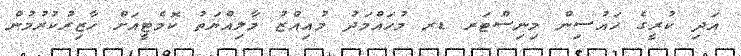
އަދި ކުރީގެ ހައުސިން މިނިސްޓަރ ޑރ މުހައްމަދު މުއިއްޒު މާލިއްޔަތު ކޮމެޓީއަށް ހާޒިރުކުރުމުން